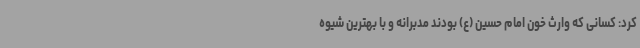
کرد: کسانی که وارث خون امام حسین (ع) بودند مدبرانه و با بهترین شیوه